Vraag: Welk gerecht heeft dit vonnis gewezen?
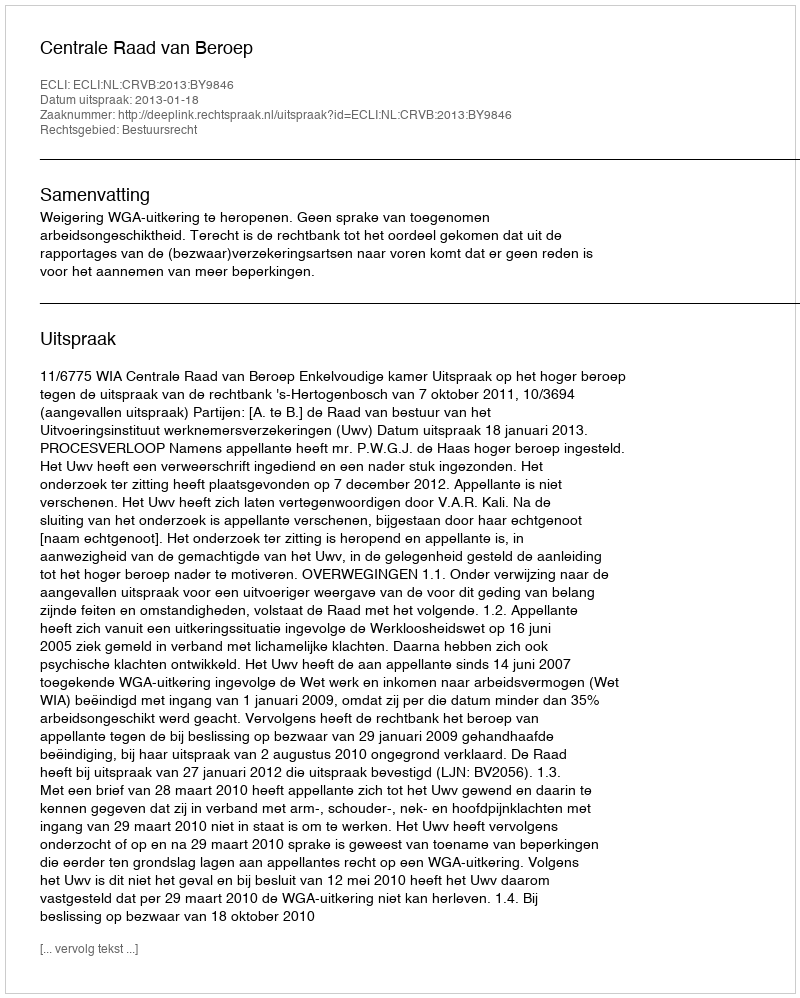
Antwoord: Centrale Raad van Beroep